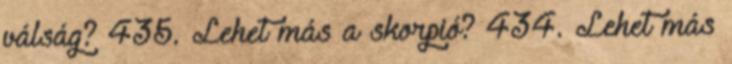
válság? 435. Lehet más a skorpió? 434. Lehet más